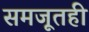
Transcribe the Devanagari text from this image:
समजूतही